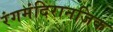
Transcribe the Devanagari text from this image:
रंगमंदिरानजिक